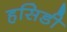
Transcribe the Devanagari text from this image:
हसिडी